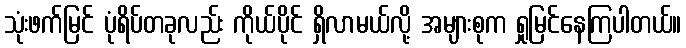
သုံးဖက်မြင် ပုံရိပ်တခုလည်း ကိုယ်ပိုင် ရှိလာမယ်လို့ အများစုက ရှုမြင်နေကြပါတယ်။